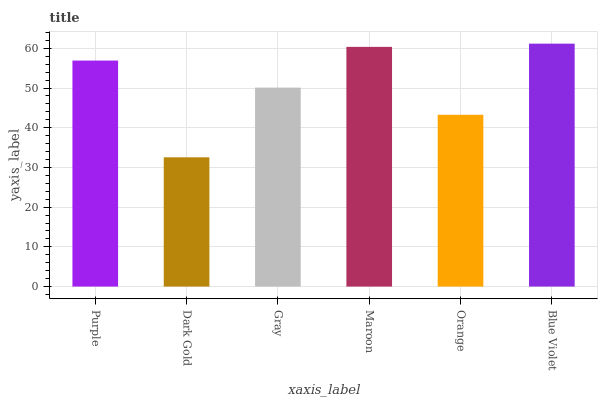
| xaxis_label | bars |
 | --- | --- |
 | Purple | 56.9 |
 | Dark Gold | 32.6 |
 | Gray | 50.1 |
 | Maroon | 60.4 |
 | Orange | 43.3 |
 | Blue Violet | 61.2 |